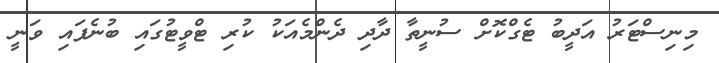
މިނިސްޓަރު އަދީބު ޓެގްކޮށް ސުނީތާ ދާދި ދެންމެއަކު ކުރި ޓްވީޓުގައި ބުނެފައި ވަނީ